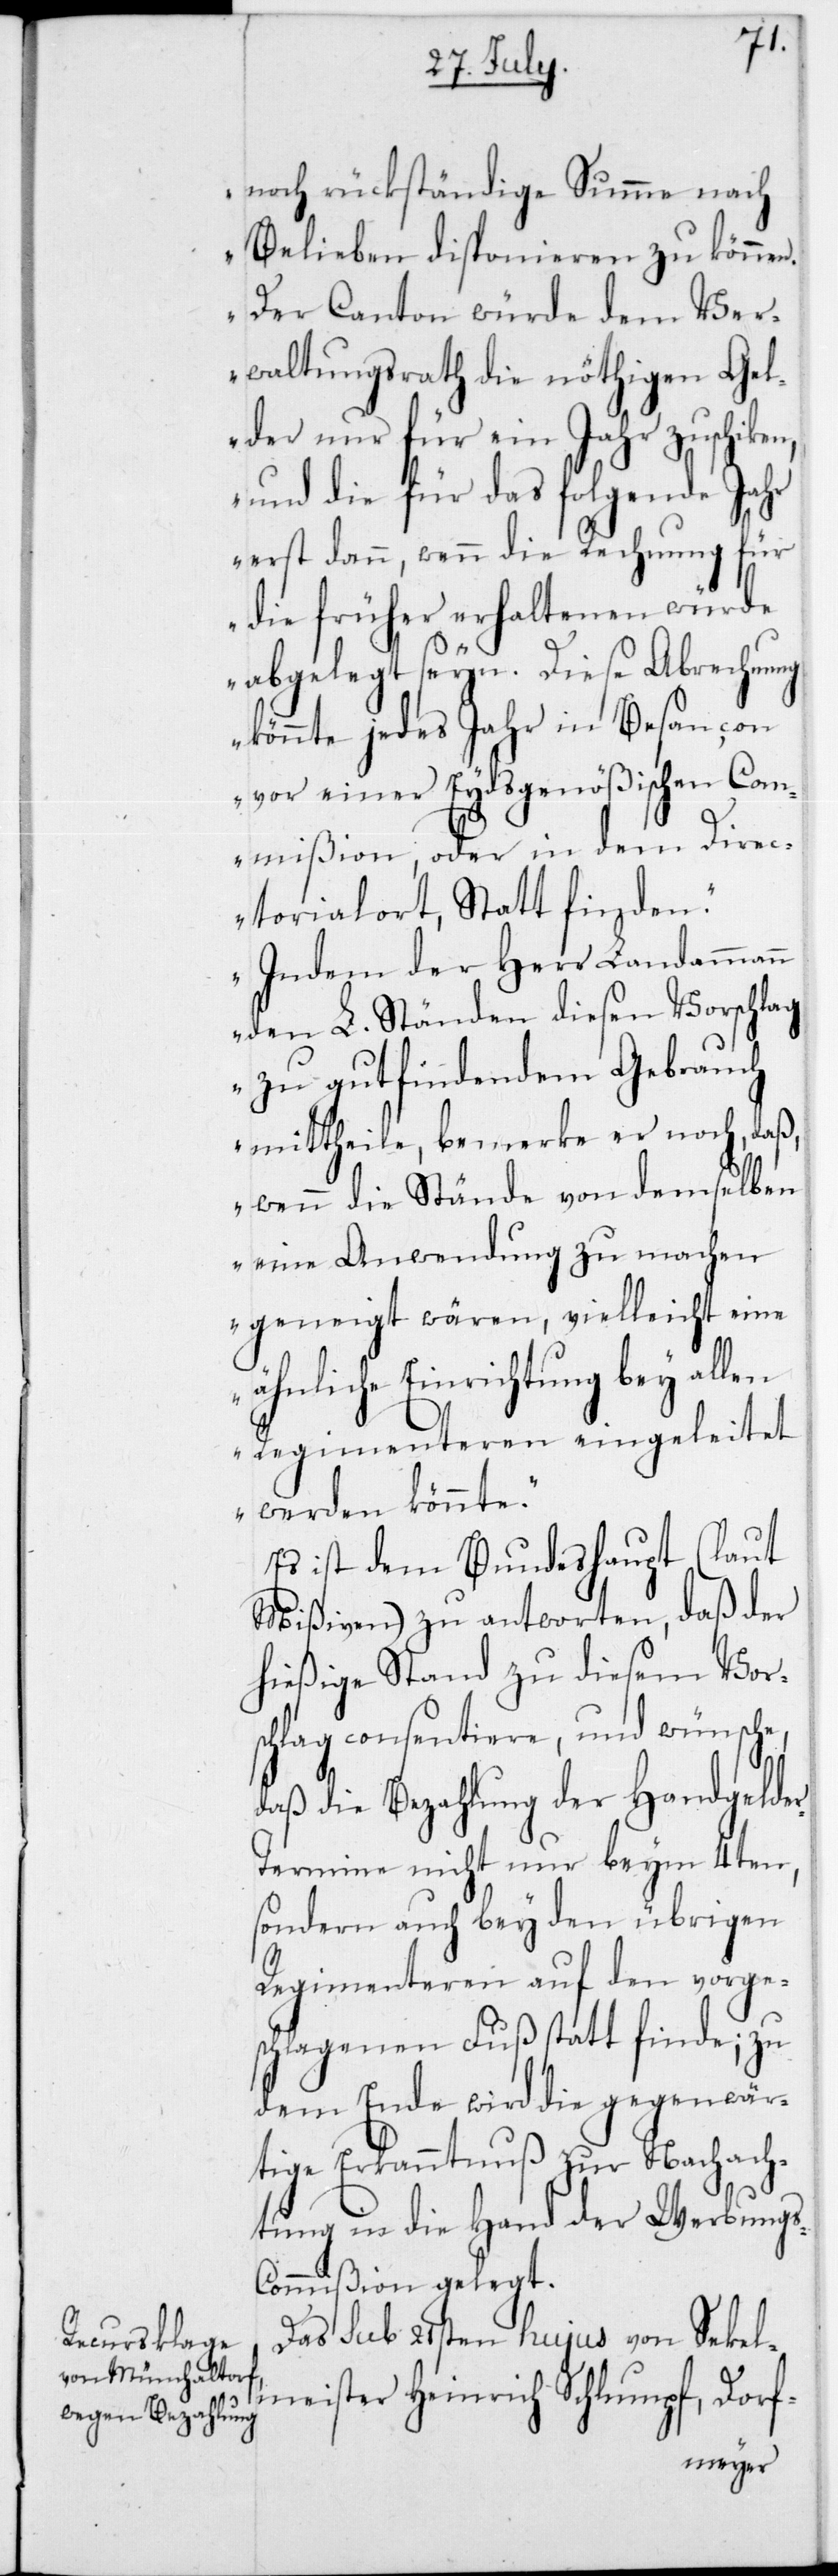
s-C¬

noch rückständige Summe nach
Belieben disponieren zu können.
Der Canton würde dem Ver¬
waltungsrath die nöthigen Gel¬
der nur für ein Jahr zuschiken,
und die für das folgende Jahr
erst dann, wenn die Rechnung für
die früher erhaltenen würde
abgelegt seyn. Diese Abrechnung
könnte jedes Jahr in Besançon
vor einer Eydsgenößischen Com¬
mißion, oder in dem Direc¬
torialort, Statt finden.
Indem der Herr Landammann
den L. Ständen diesen Vorschlag
zu gutfindendem Gebrauch
mittheile, bemerke er noch, daß,
wenn die Stände von demselben
eine Anwendung zu machen
geneigt wären, vielleicht eine
ähnliche Einrichtung bey allen
Regimenteren eingeleitet
werden könnte.“
Es ist dem Bundeshaupt (laut
Mißiven) zu antworten, daß der
hießigeStand zu diesem Vors¬
chlag consentiere und wünsche,
daß die Bezahlung der Handgelde¬
ermine nicht nur beym 4ten,
sondern auch bey den übrigen
Regimenteren auf den vorge¬
schlagenen Fuß statt finde, zu
dem Ende wird die gegenwär¬
tige Erkanntnuß zur Nachach¬
tung in die Hand der Werbung¬
ommißion gelegt.
Das sub 21sten hujus von Sekel¬
meister Heinrich Schlumpf, Dorf-